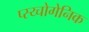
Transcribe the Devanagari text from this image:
प्स्य्चोगेनिक